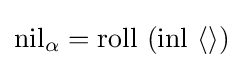
\mathrm {nil} _{\alpha }=\mathrm {roll} \ (\mathrm {inl} \ \langle \rangle )